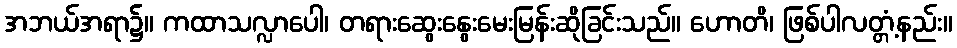
အဘယ်အရာ၌။ ကထာသလ္လာပေါ၊ တရားဆွေးနွေးမေးမြန်းဆိုခြင်းသည်။ ဟောတိ၊ ဖြစ်ပါလတ္တံ့နည်း။